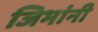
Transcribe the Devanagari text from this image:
जिभांनी